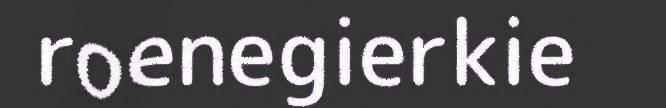
roenegierkie